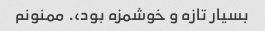
بسیار تازه و خوشمزه بود،. ممنونم